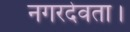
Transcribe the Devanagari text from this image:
नगरदेवता।